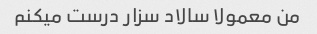
من معمولا سالاد سزار درست میکنم